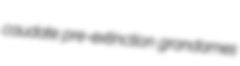
caudate pre-extinction grandames